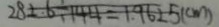
2 8 2 6 \div 1 4 4 = 1 . 9 6 2 5 ( c m )